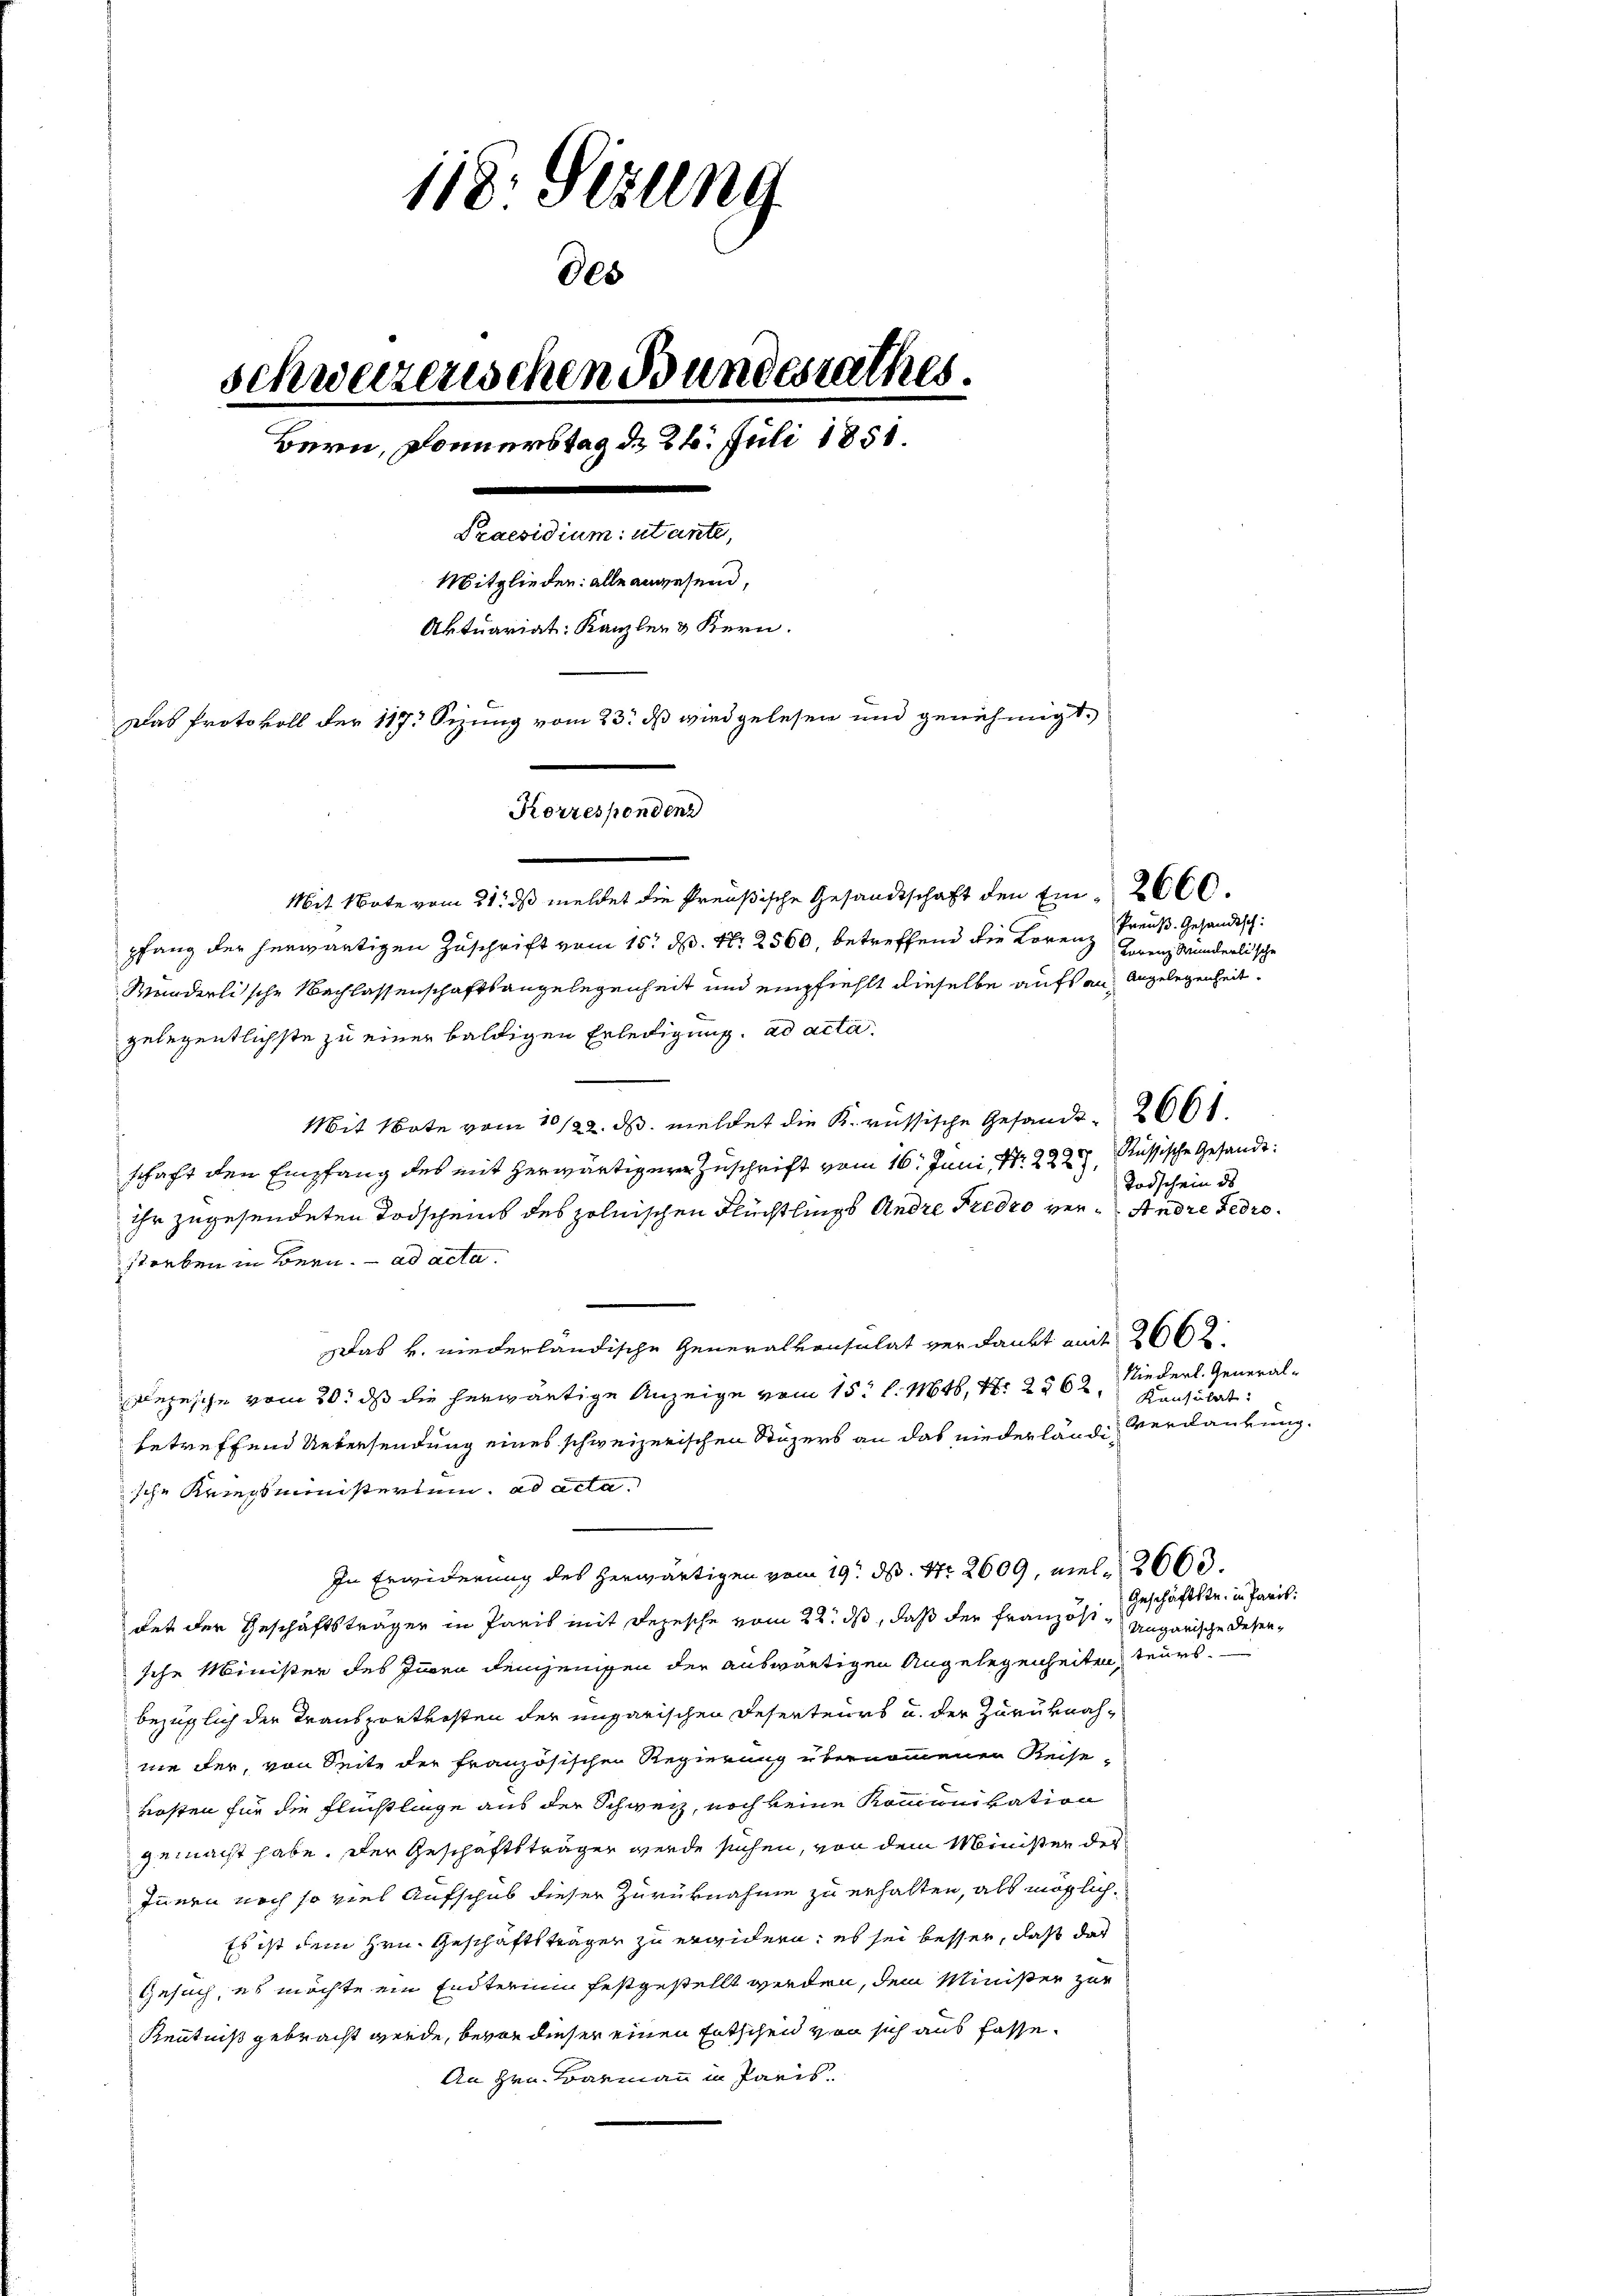
118. Gezung
schweizerischen Bundesrathes
Bern, Donnerstag d. 26. Juli 1858.
.
Praesidium utante,
Mitglieder: alle angesend,
Aktuariat: Kanzler & Kern.
Das Protokoll der 117. Sizung vom 23. ds wird gelesen und genehmigt,
Korrespondenz

800

Mit Note vom 21. ds meldet die Preußische Gesandtschaft den Ein- 2660.
pfang der herwärtigen Zuschrift vom 15t d. Nr. 2560, betreffend die Lorenz Grenz Münderlische
Wunderlische Nachlassenschaftsangelegenheit und empfiehlt dieselbe aufs an Angelegenheitgelegentlichste zu einer baldigen Erledigung. ad acta
Mit Note vom 10/22. ds. meldet die K. russische Gesandt 200
schaft den Empfang des mit herwärtiger Zuschrift vom 16. Juni, Nr. 222, Russische Gesandtihr zugesendeten Todscheins des polnischen Flüchtlings Andre Fridro ver¬ Andre Fedrostorben in Bern. ad acta.
Das v. niederländische Generalvonsulat verdankt mit 2662
Depesche vom 20. ds die herwärtige Anzeige vom 15t l. Mts. N. 2562,
betreffend Uebersendung eines schweizerischen Stüzers an das niederlände Verdankung.
sche Kriegsministerium ad acta.
In Erwiderung des herwärtigen vom 19. d. Nr. 2609, viel 2600.
det der Geschäftsträger in Paris mit Depesche vom 22. ds, daß der Französt Ungarische Desensche Minister des Innern demjenigen der auswärtigen Angelegenheiten, teurs.
bezüglich der Transportkosten der ungarischen Deserteurs u. der Zurüknahne der, von Seite der französischen Regierung übernommenen Reise-
kosten für die Flüchtlinge aus der Schweiz, noch keine Kommunikation
gemacht habe. Der Geschaftsträger werde suchen, von dem Minister der
Innern noch so viel Aufschub dieser Zurücknahme zu erhalten, als möglich¬
Es ist dem Hrn. Geschäftsträger zu ergidern; es sei besser, daß das
Gesuch, es möchte ein Endterium festgestellt werden, dem Minister zur
Kenntniß gebracht werde, bevor dieser einen Entscheid von sich aus fasse
An Hrn. Barmann in Paris.

Preuß. Gesandtsch

Todschein des

Niederl. General-
Konsulat

Geschäftstr. in Paris.